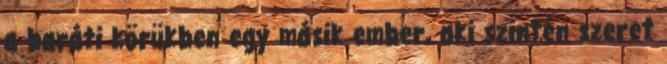
a baráti körükben egy másik ember, aki szintén szeret